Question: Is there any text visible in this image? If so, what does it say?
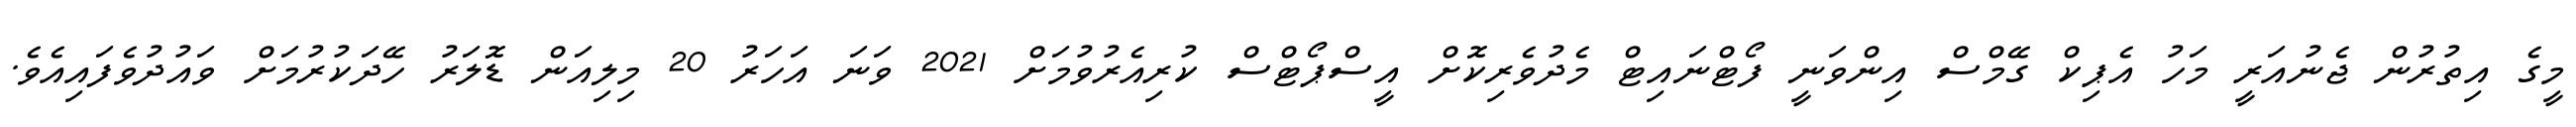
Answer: މީގެ އިތުރުން ޖެނުއަރީ މަހު އެޕިކް ގޭމްސް އިންވަނީ ފޯޓްނައިޓް މެދުވެރިކޮށް އީސްޕޯޓްސް ކުރިއެރުވުމަށް 2021 ވަނަ އަހަރު 20 މިލިއަން ޑޮލަރު ހޭދަކުރުމަށް ވައުދުވެފައިއެވެ.